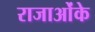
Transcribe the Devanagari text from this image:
राजाओंके